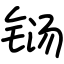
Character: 铴